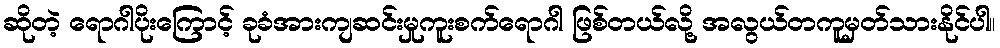
ဆိုတဲ့ ရောဂါပိုးကြောင့် ခုခံအားကျဆင်းမှုကူးစက်ရောဂါ ဖြစ်တယ်လို့ အလွယ်တကူမှတ်သားနိုင်ပါ။